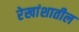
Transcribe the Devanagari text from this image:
रेखांशातील